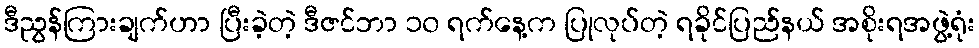
ဒီညွန်ကြားချက်ဟာ ပြီးခဲ့တဲ့ ဒီဇင်ဘာ ၁၀ ရက်နေ့က ပြုလုပ်တဲ့ ရခိုင်ပြည်နယ် အစိုးရအဖွဲ့ရုံး